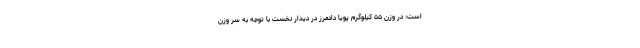
است: در وزن ۵۵ کیلوگرم پویا دادمرز در دیدار نخست با توجه به سر وزن